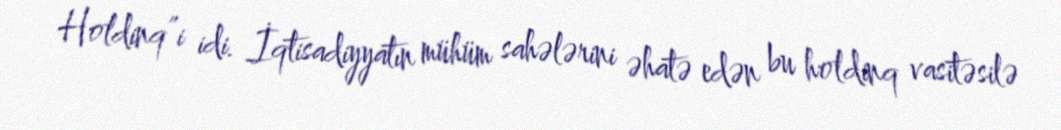
Holdinq”i idi. İqtisadiyyatın mühüm sahələrini əhatə edən bu holdinq vasitəsilə